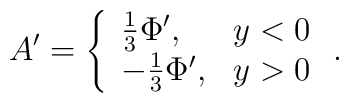
A^\prime = \left\{ \begin{array}{ll}\frac{1}{3}\Phi^\prime , & y < 0 \\-\frac{1}{3}\Phi^\prime , & y >0 \end{array} \right. .